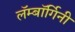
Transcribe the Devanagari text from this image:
लॅम्बॉर्गिनी